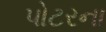
પોટરના